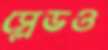
স্লেডও